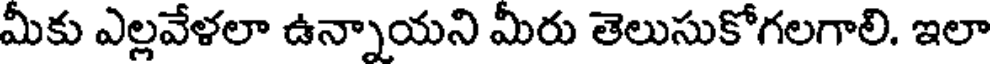
మీకు ఎల్లవేళలా ఉన్నాయని మీరు తెలుసుకోగలగాలి. ఇలా